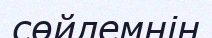
сөйлемнін